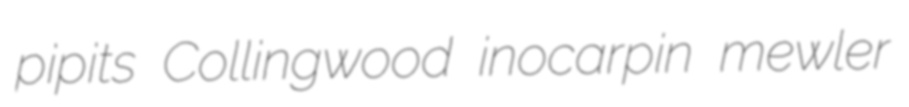
pipits Collingwood inocarpin mewler